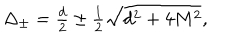
\textstyle \Delta _ { \pm } = \frac d 2 \pm \frac 1 2 \sqrt { d ^ { 2 } + 4 M ^ { 2 } } ,